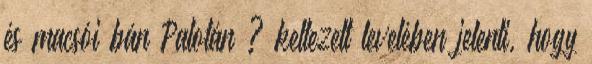
és macsói bán Palotán ? keltezett levelében jelenti, hogy